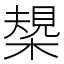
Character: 槼